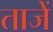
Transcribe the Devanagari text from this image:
ताजें